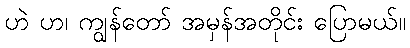
ဟဲ ဟ၊ ကျွန်တော် အမှန်အတိုင်း ပြောမယ်။